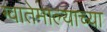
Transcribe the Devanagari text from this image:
ग्वातेमाल्याच्या